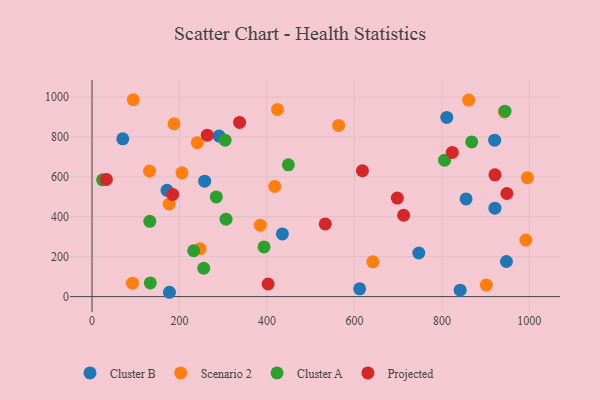
{"axis": {"x": "Study Hours", "y": "Demand"}, "legend": ["Cluster A", "Cluster B", "Projected", "Scenario 2"], "data": [{"x": "921.3", "y": 443.1, "type": "Cluster B"}, {"x": "435.3", "y": 314.2, "type": "Cluster B"}, {"x": "747.2", "y": 218.5, "type": "Cluster B"}, {"x": "947.6", "y": 176.0, "type": "Cluster B"}, {"x": "171.5", "y": 532.7, "type": "Cluster B"}, {"x": "855.3", "y": 489.3, "type": "Cluster B"}, {"x": "257.5", "y": 578.2, "type": "Cluster B"}, {"x": "612.0", "y": 39.2, "type": "Cluster B"}, {"x": "290.5", "y": 804.2, "type": "Cluster B"}, {"x": "920.7", "y": 784.1, "type": "Cluster B"}, {"x": "177.0", "y": 21.7, "type": "Cluster B"}, {"x": "811.2", "y": 897.7, "type": "Cluster B"}, {"x": "70.3", "y": 790.5, "type": "Cluster B"}, {"x": "841.8", "y": 32.0, "type": "Cluster B"}, {"x": "131.5", "y": 629.5, "type": "Scenario 2"}, {"x": "424.1", "y": 938.2, "type": "Scenario 2"}, {"x": "417.8", "y": 552.2, "type": "Scenario 2"}, {"x": "205.6", "y": 620.3, "type": "Scenario 2"}, {"x": "187.5", "y": 866.3, "type": "Scenario 2"}, {"x": "943.1", "y": 925.4, "type": "Scenario 2"}, {"x": "240.7", "y": 771.6, "type": "Scenario 2"}, {"x": "563.9", "y": 857.8, "type": "Scenario 2"}, {"x": "247.0", "y": 240.3, "type": "Scenario 2"}, {"x": "94.2", "y": 986.6, "type": "Scenario 2"}, {"x": "995.5", "y": 596.2, "type": "Scenario 2"}, {"x": "861.3", "y": 984.6, "type": "Scenario 2"}, {"x": "384.7", "y": 358.1, "type": "Scenario 2"}, {"x": "642.1", "y": 174.2, "type": "Scenario 2"}, {"x": "901.7", "y": 57.7, "type": "Scenario 2"}, {"x": "176.4", "y": 464.0, "type": "Scenario 2"}, {"x": "992.0", "y": 283.2, "type": "Scenario 2"}, {"x": "92.5", "y": 67.3, "type": "Scenario 2"}, {"x": "393.4", "y": 249.2, "type": "Cluster A"}, {"x": "232.4", "y": 229.8, "type": "Cluster A"}, {"x": "868.2", "y": 775.3, "type": "Cluster A"}, {"x": "306.4", "y": 387.8, "type": "Cluster A"}, {"x": "448.9", "y": 660.3, "type": "Cluster A"}, {"x": "133.2", "y": 68.7, "type": "Cluster A"}, {"x": "806.2", "y": 683.9, "type": "Cluster A"}, {"x": "304.2", "y": 783.7, "type": "Cluster A"}, {"x": "284.2", "y": 499.6, "type": "Cluster A"}, {"x": "944.2", "y": 929.1, "type": "Cluster A"}, {"x": "132.1", "y": 377.1, "type": "Cluster A"}, {"x": "24.2", "y": 585.0, "type": "Cluster A"}, {"x": "255.4", "y": 142.1, "type": "Cluster A"}, {"x": "402.6", "y": 63.1, "type": "Projected"}, {"x": "263.5", "y": 809.2, "type": "Projected"}, {"x": "698.1", "y": 493.9, "type": "Projected"}, {"x": "337.4", "y": 872.7, "type": "Projected"}, {"x": "823.8", "y": 722.6, "type": "Projected"}, {"x": "948.6", "y": 516.6, "type": "Projected"}, {"x": "921.4", "y": 610.3, "type": "Projected"}, {"x": "184.5", "y": 512.2, "type": "Projected"}, {"x": "32.7", "y": 587.0, "type": "Projected"}, {"x": "618.3", "y": 630.6, "type": "Projected"}, {"x": "712.5", "y": 407.7, "type": "Projected"}, {"x": "533.2", "y": 364.1, "type": "Projected"}]}